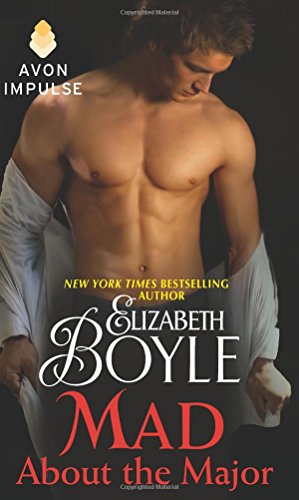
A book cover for Mad About the Major; Elizabeth Boyle; Romance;